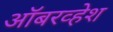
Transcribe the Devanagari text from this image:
ऑबरव्हेश